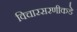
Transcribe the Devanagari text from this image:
विचारसरणीकडे